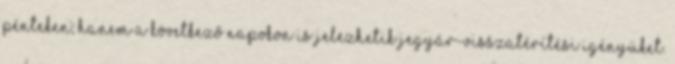
pénteken, hanem a következő napokon is jelezhetik jegyár-visszatérítési igényüket.